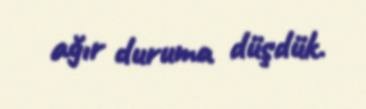
ağır duruma düşdük.